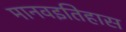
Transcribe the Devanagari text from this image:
मानवइतिहास